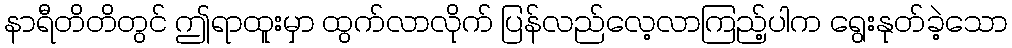
နာရီတိတိတွင် ဤရာထူးမှာ ထွက်လာလိုက် ပြန်လည်လေ့လာကြည့်ပါက ရွေးနုတ်ခဲ့သော